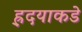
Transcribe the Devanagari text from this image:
ह्र्दयाकडे